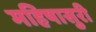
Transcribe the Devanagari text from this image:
महिषासुरी